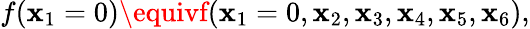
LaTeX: f(\mathbf{x}_{1}=0)\equivf(\mathbf{x}_{1}=0,\mathbf{x}_{2},\mathbf{x}_{3},\mathbf{x}_{4},\mathbf{x}_{5},\mathbf{x}_{6}),